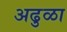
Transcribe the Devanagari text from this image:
अढुळा